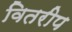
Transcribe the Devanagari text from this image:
वितरीप